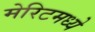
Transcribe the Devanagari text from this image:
मेरिटमध्ये